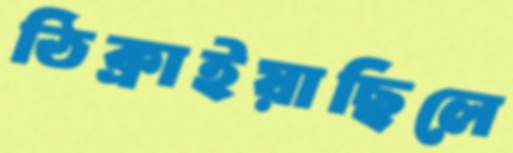
ঠিক্‌রাইয়াছিলে